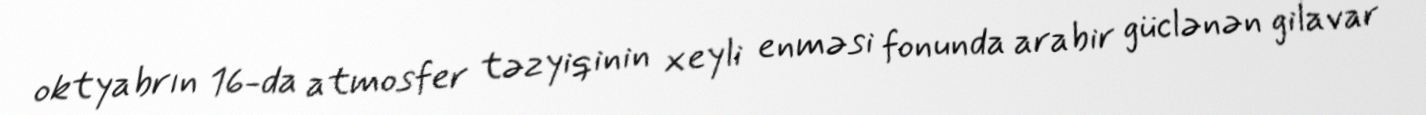
oktyabrın 16-da atmosfer təzyiqinin xeyli enməsi fonunda arabir güclənən gilavar